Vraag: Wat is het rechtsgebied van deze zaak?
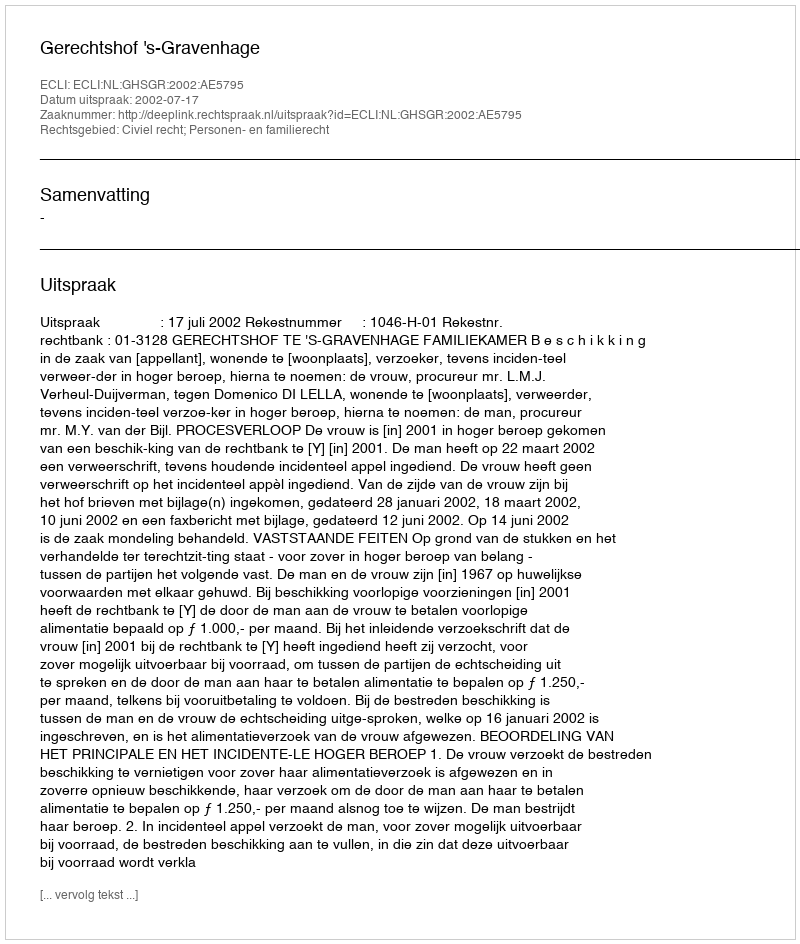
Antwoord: Civiel recht; Personen- en familierecht